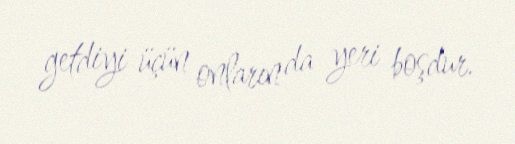
getdiyi üçün onların da yeri boşdur.